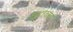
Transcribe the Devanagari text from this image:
शूद्राचार